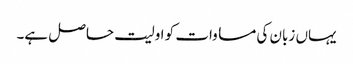
یہاں زبان کی مساوات کو اولیت حاصل ہے۔